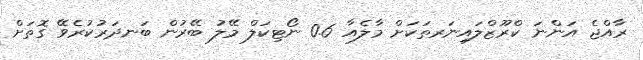
ރާއްޖެ އަންނަ ކްރޫޒްލައިނަރތަކަށް މާލެއާ 0.6 ނޯޓިކަލް މޭލު ބޭރުން ބަނދަރުކުރެވޭ ގޮތަށް